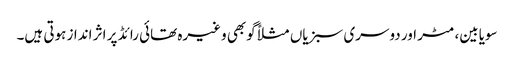
سویابین، مٹر اور دوسری سبزیاں مثلاً گوبھی وغیرہ تھائی رائڈ پر اثر انداز ہوتی ہیں۔